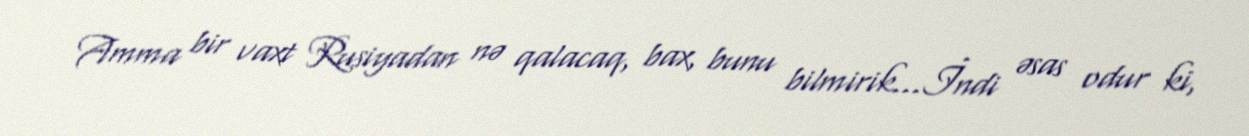
Amma bir vaxt Rusiyadan nə qalacaq, bax, bunu bilmirik...İndi əsas odur ki,